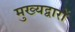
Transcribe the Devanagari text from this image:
मुख्यद्वारों